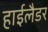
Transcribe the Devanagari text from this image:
हाईलैडर